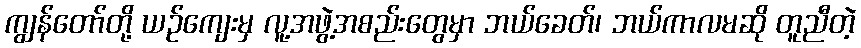
ကျွန်တော်တို့ ယဉ်ကျေးမှ လူ့အဖွဲ့အစည်းတွေမှာ ဘယ်ခေတ်၊ ဘယ်ကာလမဆို တူညီတဲ့